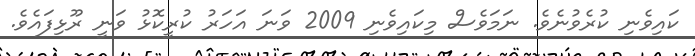
ކައިވެނި ކުރެވުނެވެ. ނަމަވެސް މިކައިވެނި 2009 ވަނަ އަހަރު ކުރީކޮޅު ވަނީ ރޫޅިފައެވެ.